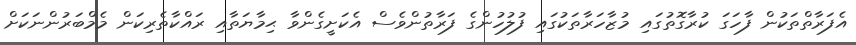
އެފަރާތްތަކުން ފާހަގަ ކުރާގޮތުގައި މުޒާހަރާތަކުގައި ފުލުހުންގެ ފަރާތުންވެސް އެކަށީގެންވާ ޙިމާޔަތާއި ރައްކާތެރިކަން މެމްބަރުންނަކަށް